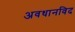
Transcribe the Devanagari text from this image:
अवधानविद